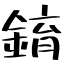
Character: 錥